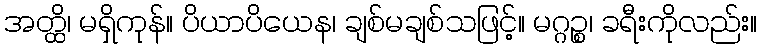
အတ္ထိ၊ မရှိကုန်။ ပိယာပိယေန၊ ချစ်မချစ်သဖြင့်။ မဂ္ဂဉ္စ၊ ခရီးကိုလည်း။